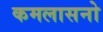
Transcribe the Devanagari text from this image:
कमलासनो